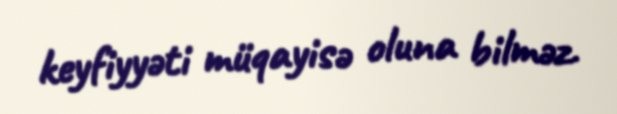
keyfiyyəti müqayisə oluna bilməz.